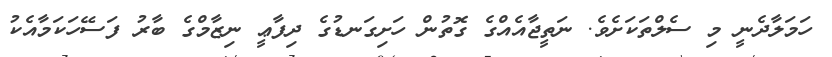
ހަމަލާދެނީ މި ސެލްތަކަށެވެ. ނަތީޖާއެއްގެ ގޮތުން ހަށިގަނޑުގެ ދިފާޢީ ނިޒާމްގެ ބާރު ފަސޭހަކަމާއެކު